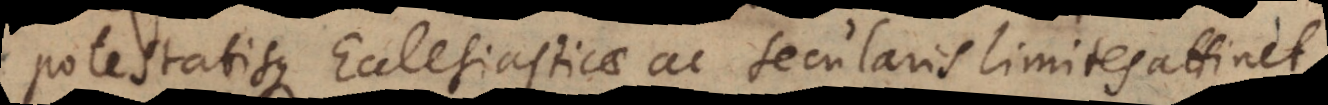
potestatisque Ecclesiasticae ac secularis limites attinet,